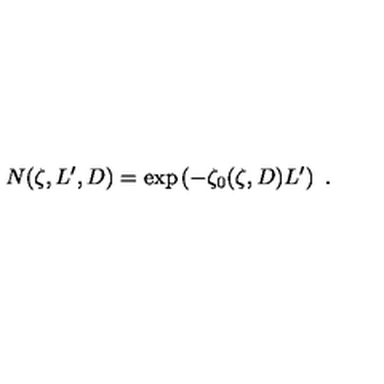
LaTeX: N ( \zeta , L ^ { \prime } , D ) = \exp \left( - \zeta _ { 0 } ( \zeta , D ) L ^ { \prime } \right) \ .